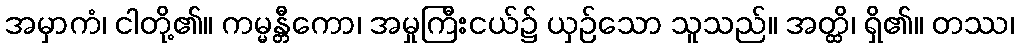
အမှာကံ၊ ငါတို့၏။ ကမ္မန္တီကော၊ အမှုကြီးငယ်၌ ယှဉ်သော သူသည်။ အတ္ထိ၊ ရှိ၏။ တဿ၊